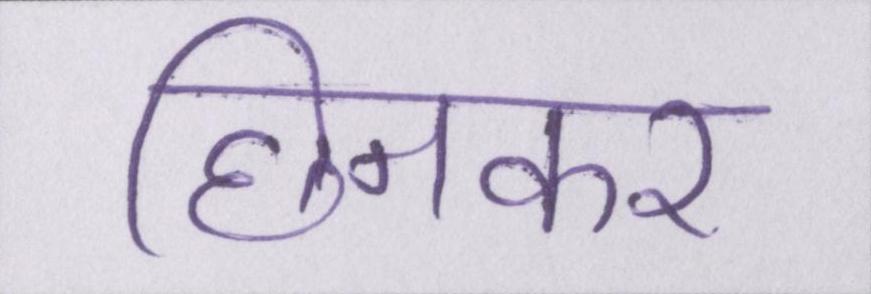
छिनकर